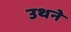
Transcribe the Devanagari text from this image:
उथने